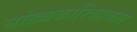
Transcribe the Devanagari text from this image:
सांख्यकारिकाकार